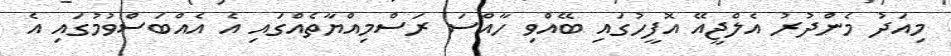
މިއަދު މެންދުރު އެލްޖީއޭ އޮފީހުގައި ބޭއްވި ހާއްސަ ރަސްމިއްޔާތެއްގައި އެ އެއްބަސްވުމުގައި އެ